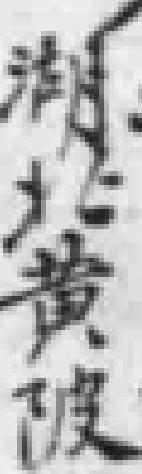
湖北黄陂